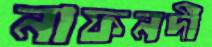
নাফনদী